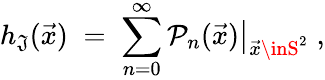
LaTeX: h_{\mathfrak{J}}(\vec{{x}})\; =\; \sum_{n=0}^{\infty}\left.{\mathcal{{P}}}_{n}(\vec{{x}})\right|_{\vec{{x}}\inS^{2}}\; ,